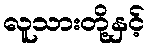
လူသားတို့နှင့်